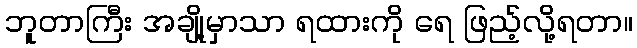
ဘူတာကြီး အချို့မှာသာ ရထားကို ရေ ဖြည့်လို့ရတာ။